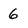
Character: 6